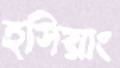
হসিয়াং